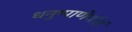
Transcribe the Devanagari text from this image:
धनुष्पाणेर्यातं